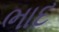
ભાદ